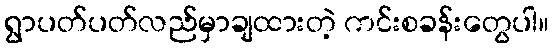
ရွာပတ်ပတ်လည်မှာချထားတဲ့ ကင်းစခန်းတွေပါ။